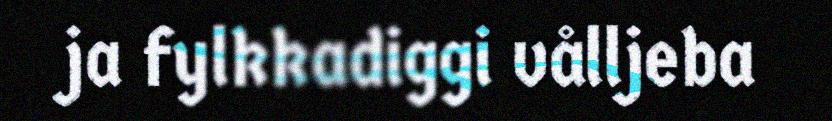
ja fylkkadiggi vålljeba